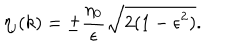
\eta _ { \mathrm { j } } ( k ) = \pm \frac { \eta _ { 0 } } { \epsilon } \sqrt { 2 ( 1 - \epsilon ^ { 2 } ) } .